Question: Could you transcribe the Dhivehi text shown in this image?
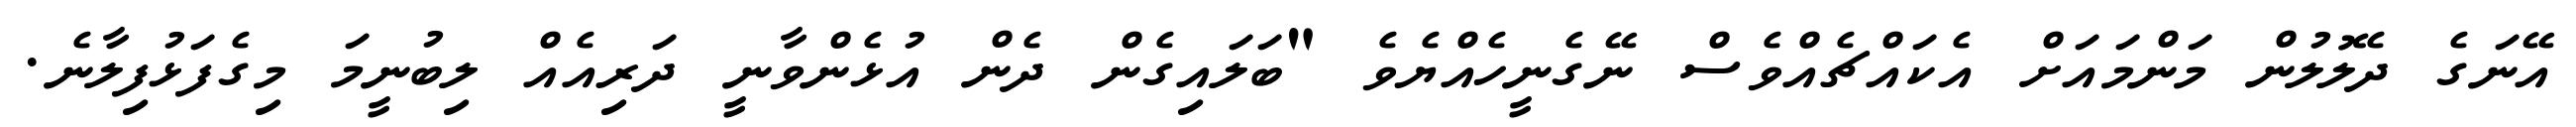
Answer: އޭނަގެ ދެލޮލުން މަންމައަށް އެކައްޗެއްވެސް ނޭގެނީހެއްޔެވެ "ބަލައިގެން ދެން އުޅެންވާނީ ދަރިއެއް ލިބުނީމަ މިގެފަޅުފިލާނެ.